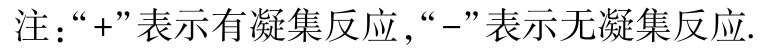
注：“+”表示有凝集反应,“-”表示无凝集反应.